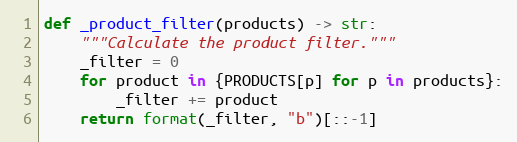
Language: Python
def _product_filter(products) -> str:
    """Calculate the product filter."""
    _filter = 0
    for product in {PRODUCTS[p] for p in products}:
        _filter += product
    return format(_filter, "b")[::-1]